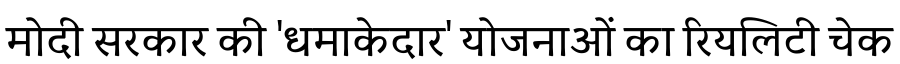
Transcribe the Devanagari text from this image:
मोदी सरकार की 'धमाकेदार' योजनाओं का रियलिटी चेक